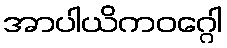
အာပါယိကဝဂ္ဂေါ